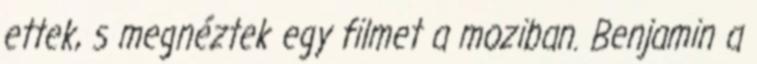
ettek, s megnéztek egy filmet a moziban. Benjamin a